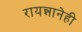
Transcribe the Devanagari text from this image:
रायन्नानेही